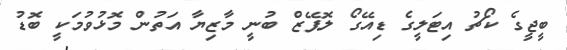
ބީޖީގެ ކޯޗު އިޓަލީގެ ޑިއޭގޯ ލޮޕޭޒް ބުނީ މާޒިޔާ އަތުން މޮޅުވުމަކީ ބޮޑު